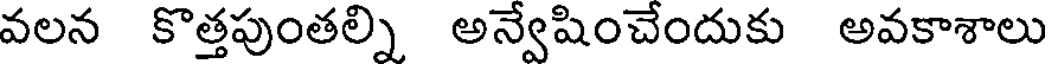
వలన కొత్తపుంతల్ని అన్వేషించేందుకు అవకాశాలు